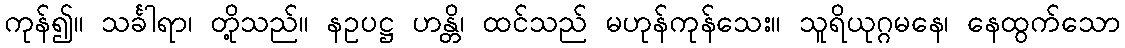
ကုန်၍။ သင်္ခါရာ၊ တို့သည်။ နဥပဋ္ဌ ဟန္တိ၊ ထင်သည် မဟုန်ကုန်သေး။ သူရိယုဂ္ဂမနေ၊ နေထွက်သော